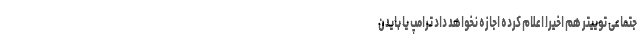
جتماعی توییتر هم اخیرا اعلام کرده اجازه نخواهد داد ترامپ یا بایدن